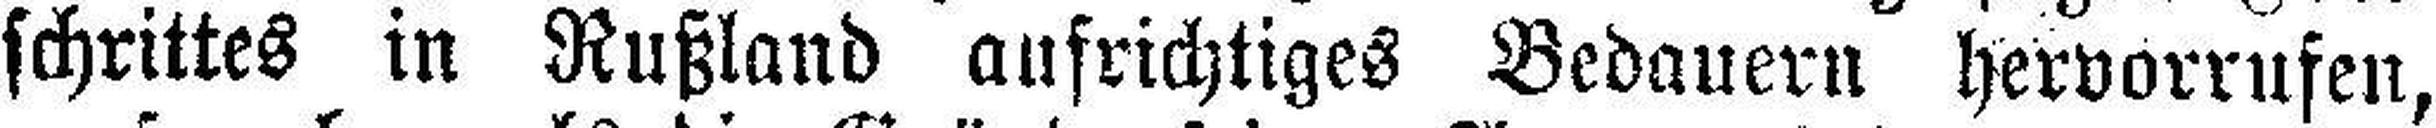
schrittes in Rußland aufrichtiges Bedauern hervorrufen,